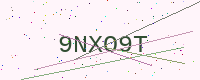
Text: 9NXO9T